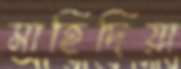
মাহিদিয়া